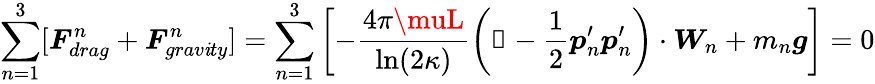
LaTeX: \sum_{n=1}^{3}[\boldsymbol{F}_{drag}^{n}+\boldsymbol{F}_{grav\mathit{i}ty}^{n}]=\sum_{n=1}^{3}\left[-\frac{{4\pi\muL}}{{\ln(2\kappa)}}\left(\mathbb{{1}}-\frac{{1}}{{2}}\boldsymbol{p}_{n}^{\prime}\boldsymbol{p}_{n}^{\prime}\right)\cdot\boldsymbol{W}_{n}+m_{n}\boldsymbol{g}\right]=0